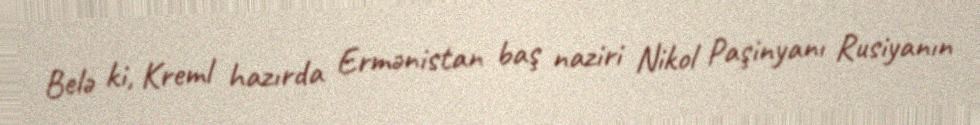
Belə ki, Kreml hazırda Ermənistan baş naziri Nikol Paşinyanı Rusiyanın